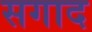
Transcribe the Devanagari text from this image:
सगाद